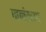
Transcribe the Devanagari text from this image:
जनंख्या